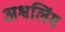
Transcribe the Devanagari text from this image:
अश्वलिंग